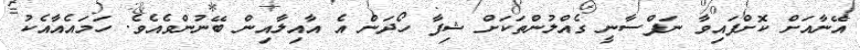
އޭނާއަށް ކޮށްފައިވާ ނަފްސާނީ ގެއްލުންތަކަށް ޝިފާ ހޯދަން އެ އާއިލާއިން ބޭނުންވެއެވެ. ހަމައެއާއެކު